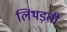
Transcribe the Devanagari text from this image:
लिथड़ती